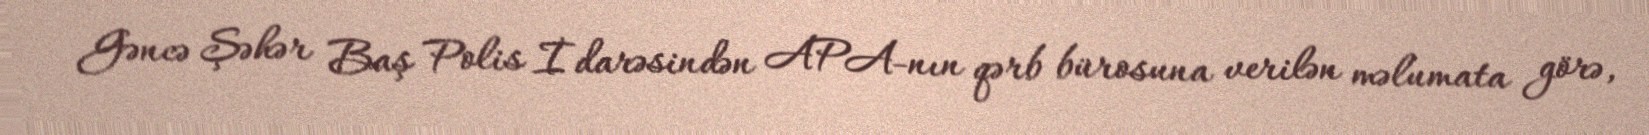
Gəncə Şəhər Baş Polis İdarəsindən APA-nın qərb bürosuna verilən məlumata görə,